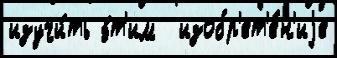
изучи́ть э́т'им  изобр'ет'е́н'иjе